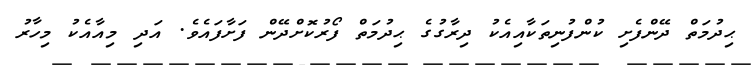
ޙިދުމަތް ދޭންފެށި ކުންފުނިތަކާއިއެކު ދިރާގުގެ ޙިދުމަތް ފޯރުކޮށްދޭން ފަށާފައެވެ. އަދި މިއާއެކު މިހާރު